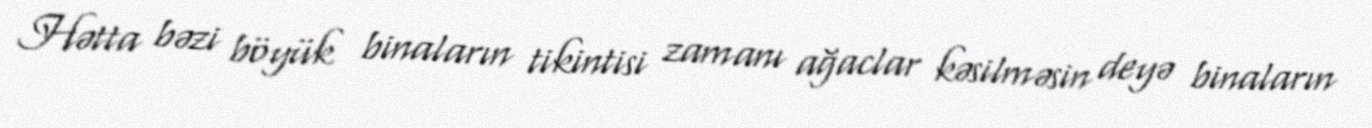
Hətta bəzi böyük binaların tikintisi zamanı ağaclar kəsilməsin deyə binaların